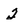
Character: 2